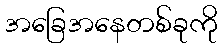
အခြေအနေတစ်ခုကို